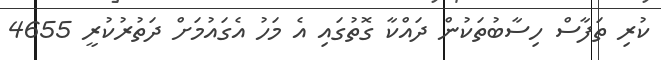
ކުރި ތަފާސް ހިސާބުތަކުން ދައްކާ ގޮތުގައި އެ މަހު އެގައުމަށް ދަތުރުކުރީ 4655